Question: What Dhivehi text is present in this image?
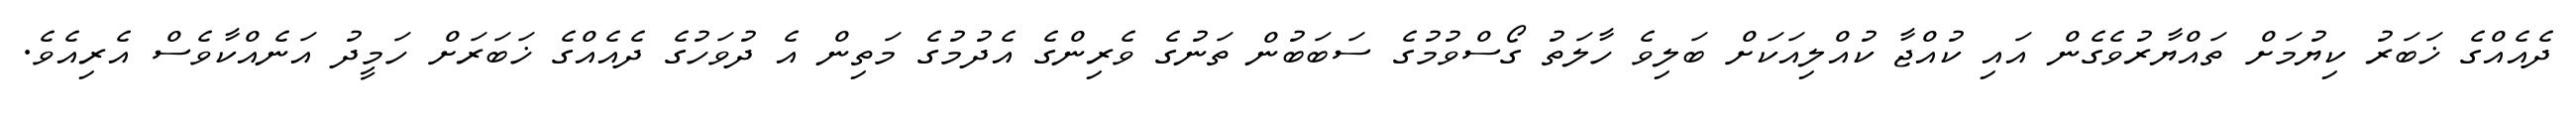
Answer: ދެއެއްގެ ޚަބަރު ކިޔުމަށް ތައްޔާރުވެގެން އައި ކުއްޖާ ކުއްލިއަކަށް ބަލިވެ ހާލަތު ގޯސްވުމުގެ ސަބަބުން ތަނުގެ ވެރިންގެ އެދުމުގެ މަތިން އެ ދުވަހުގެ ދެއެއްގެ ޚަބަރަށް ހަމީދު އަނެއްކާވެސް އެރިއެވެ.